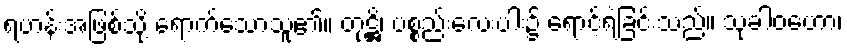
ရဟန်းအဖြစ်သို့ ရောက်သောသူ၏။ တုဋ္ဌိ၊ ပစ္စည်းလေးပါး၌ ရောင့်ရဲခြင်းသည်။ သုခါဝဟော၊